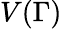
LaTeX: V(\Gamma)